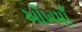
આઁખમાઁ